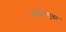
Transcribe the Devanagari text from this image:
जागूनसुद्धा